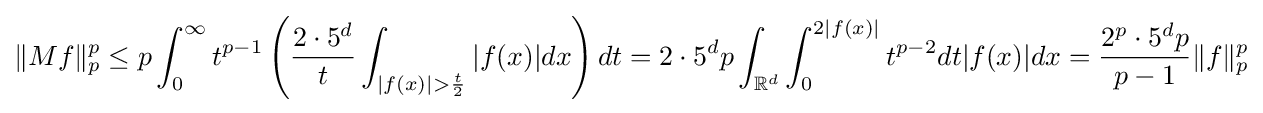
\|Mf\|_{p}^{p}\leq p\int _{0}^{\infty }t^{p-1}\left({2\cdot 5^{d} \over t}\int _{|f(x)|>{\frac {t}{2}}}|f(x)|dx\right)dt=2\cdot 5^{d}p\int _{\mathbb {R} ^{d}}\int _{0}^{2|f(x)|}t^{p-2}dt|f(x)|dx={\frac {2^{p}\cdot 5^{d}p}{p-1}}\|f\|_{p}^{p}